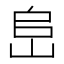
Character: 峊